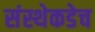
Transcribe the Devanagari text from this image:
संस्थेकडेच